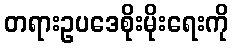
တရားဥပဒေစိုးမိုးရေးကို